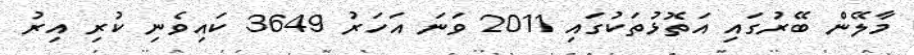
މާލޭން ބޭރުގައި އަތޮޅުތަކުގައި 2011 ވަނަ އަހަރު 3649 ކައިވެނި ކުރި އިރު